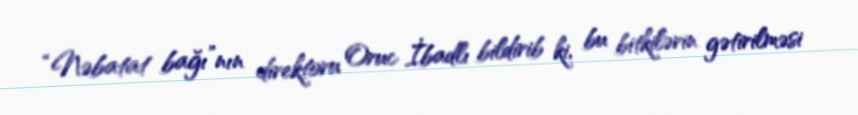
“Nəbatat bağı”nın direktoru Oruc İbadlı bildirib ki, bu bitkilərin gətirilməsi